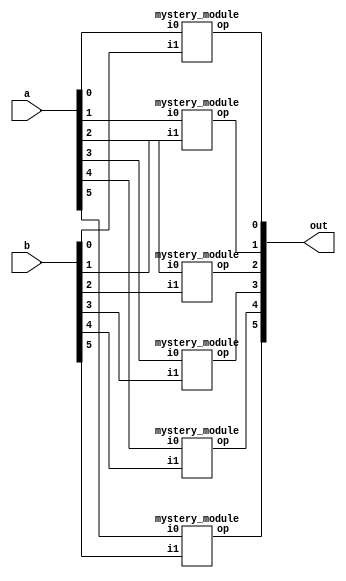
module sixbit_xnor(
    input wire [5:0] a, b,
    output wire [5:0] out
    );

    // Using the mystery module which we discovered in LAB A to be an XNOR gate
    
    // Use this module to preform a bitwise XNOR operation on all bits
    mystery_module bit0 (.i0(a[0]), .i1(b[0]), .op(out[0]));
    mystery_module bit1 (.i0(a[1]), .i1(b[1]), .op(out[1]));
    mystery_module bit2 (.i0(a[2]), .i1(b[2]), .op(out[2]));
    mystery_module bit3 (.i0(a[3]), .i1(b[3]), .op(out[3]));
    mystery_module bit4 (.i0(a[4]), .i1(b[4]), .op(out[4]));
    mystery_module bit5 (.i0(a[5]), .i1(b[5]), .op(out[5]));
    
endmodule


module mystery_module
   // I/O ports
   (
    input wire i0, i1,
    output wire op
   );

   // signal declaration
   wire p0, p1;

   // body
   // sum of two product terms
   assign op = p0 | p1;
   // product terms
   assign p0 = ~i0 & ~i1;
   assign p1 = i0 & i1;

endmodule